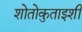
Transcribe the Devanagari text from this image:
शोतोकुताइशी